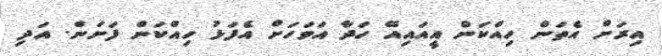
އިރަށް އެތަން ހިއްކަން އީއައިއޭ ހަދާ އަވަހަށް އެފަޅު ހިއްކަން ފަށަން. އަދި